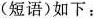
(短语)如下: